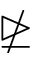
\ntrianglerighteq